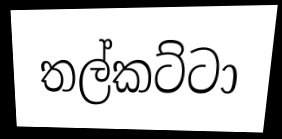
තල්කට්ටා